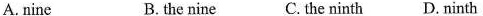
A.nine B.the nine C. the ninth D. ninth